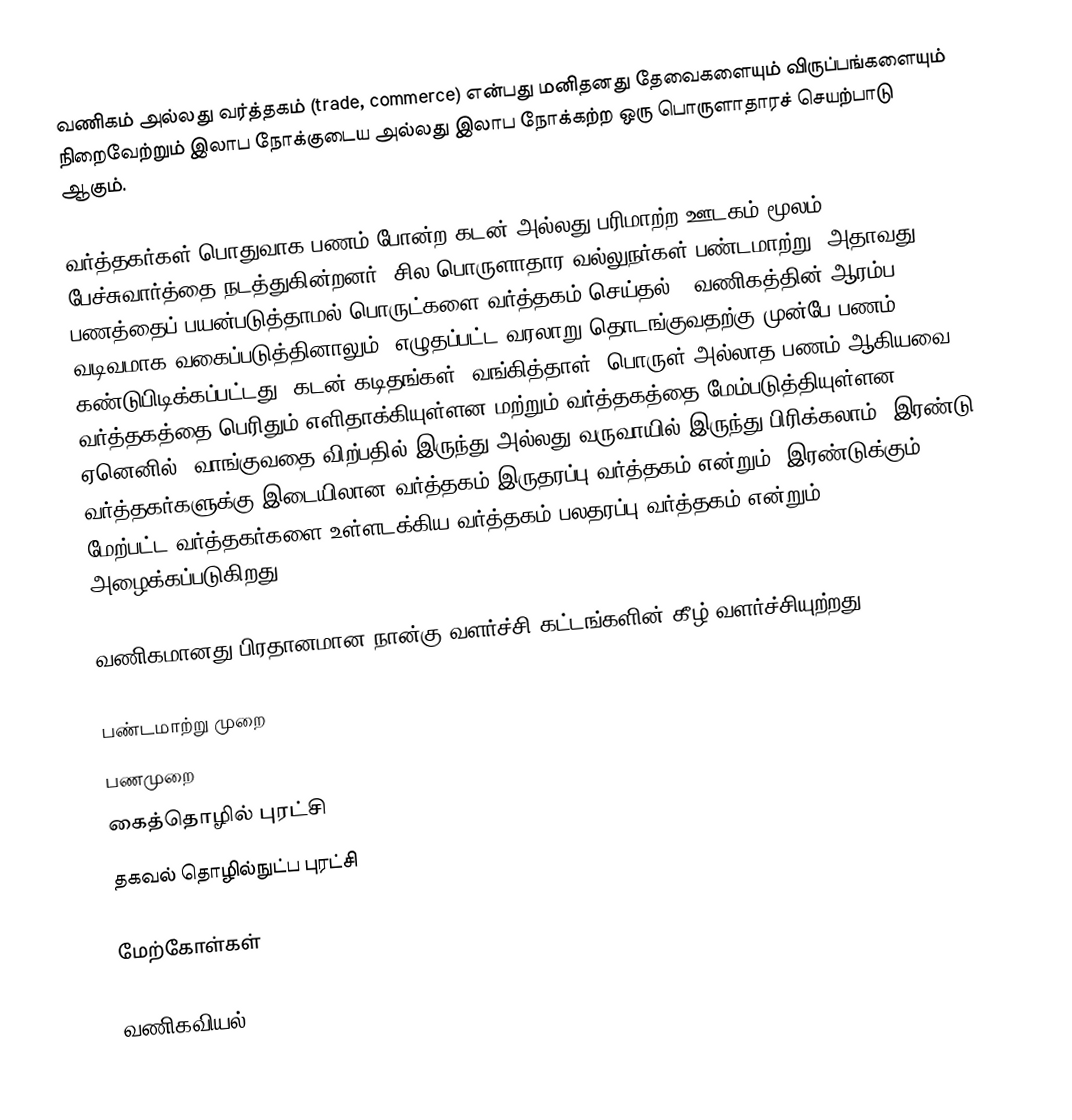
வணிகம் அல்லது வர்த்தகம் (trade, commerce) என்பது மனிதனது தேவைகளையும் விருப்பங்களையும் நிறைவேற்றும் இலாப நோக்குடைய அல்லது இலாப நோக்கற்ற ஒரு பொருளாதாரச் செயற்பாடு ஆகும்.

வர்த்தகர்கள் பொதுவாக பணம் போன்ற கடன் அல்லது பரிமாற்ற ஊடகம் மூலம் பேச்சுவார்த்தை நடத்துகின்றனர். சில பொருளாதார வல்லுநர்கள் பண்டமாற்று (அதாவது பணத்தைப் பயன்படுத்தாமல் பொருட்களை வர்த்தகம் செய்தல்  ) வணிகத்தின் ஆரம்ப வடிவமாக வகைப்படுத்தினாலும், எழுதப்பட்ட வரலாறு தொடங்குவதற்கு முன்பே பணம் கண்டுபிடிக்கப்பட்டது. கடன் கடிதங்கள், வங்கித்தாள், பொருள் அல்லாத பணம் ஆகியவை வர்த்தகத்தை பெரிதும் எளிதாக்கியுள்ளன மற்றும் வர்த்தகத்தை மேம்படுத்தியுள்ளன. ஏனெனில், வாங்குவதை விற்பதில் இருந்து அல்லது வருவாயில் இருந்து பிரிக்கலாம். இரண்டு வர்த்தகர்களுக்கு இடையிலான வர்த்தகம் இருதரப்பு வர்த்தகம் என்றும், இரண்டுக்கும் மேற்பட்ட வர்த்தகர்களை உள்ளடக்கிய வர்த்தகம் பலதரப்பு வர்த்தகம் என்றும் அழைக்கப்படுகிறது.

வணிகமானது பிரதானமான நான்கு வளர்ச்சி கட்டங்களின் கீழ் வளர்ச்சியுற்றது.

பண்டமாற்று முறை
பணமுறை
கைத்தொழில் புரட்சி
தகவல் தொழில்நுட்ப புரட்சி

மேற்கோள்கள்

வணிகவியல்